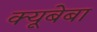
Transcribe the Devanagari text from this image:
क्यूबेबा